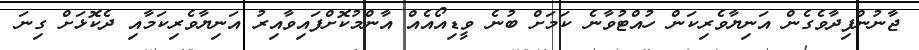
ޖާނުންފިދާވެގެން އަނިޔާވެރިކަން ހުއްޓުވާނެ ކަމަށް ބުނެ ވީޑިއޯއެއް އާންމުކޮށްފައިވާއިރު އަނިޔާވެރިކަމާއި ދެކޮޅަށް ގިނަ